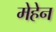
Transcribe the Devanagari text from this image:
मेहेन